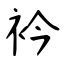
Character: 衿